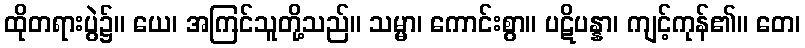
ထိုတရားပွဲ၌။ ယေ၊ အကြင်သူတို့သည်။ သမ္မာ၊ ကောင်းစွာ။ ပဋိပန္နာ၊ ကျင့်ကုန်၏။ တေ၊